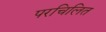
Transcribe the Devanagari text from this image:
परचिलित